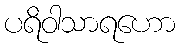
ပရိဝါသာရဟော